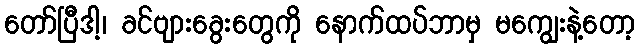
တော်ပြီဒါ့၊ ခင်ဗျားခွေးတွေကို နောက်ထပ်ဘာမှ မကျွေးနဲ့တော့